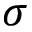
\sigma